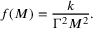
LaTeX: f ( M ) = { \frac { k } { \Gamma ^ { 2 } M ^ { 2 } } } .